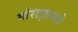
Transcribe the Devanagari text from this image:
मोराझानचे